Indian journal of veterinary science and animal husbandry - Volume 5,
Year: 1935
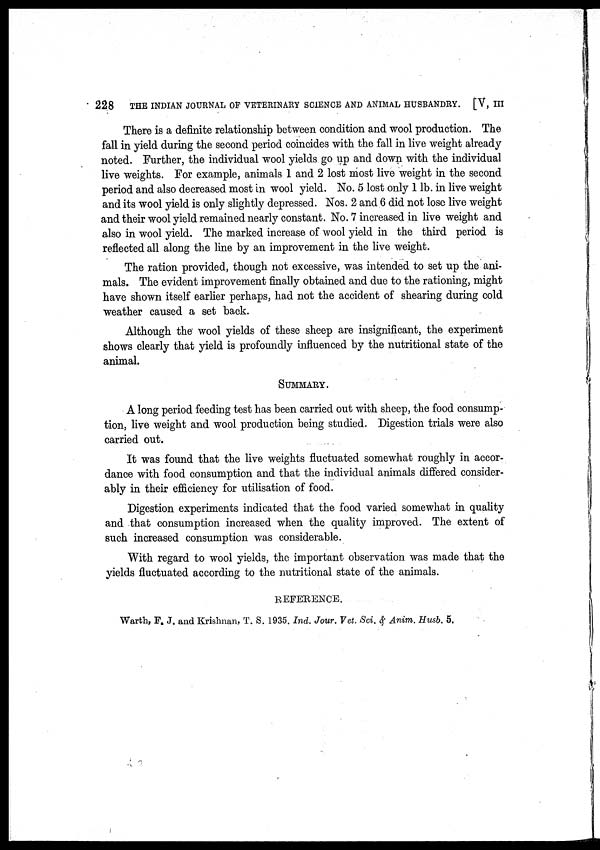
228
THE INDIAN JOURNAL OF VETERINARY SCIENCE AND ANIMAL HUSBANDRY. [V, III
There is a definite relationship between condition and wool production. The
fall in yield during the second period coincides with the fall in live weight already
noted. Further, the individual wool yields go up and down with the individual
live weights. For example, animals 1 and 2 lost most live weight in the second
period and also decreased most in wool yield. No. 5 lost only 1 lb. in live weight
and its wool yield is only slightly depressed. Nos. 2 and 6 did not lose live weight
and their wool yield remained nearly constant. No. 7 increased in live weight and
also in wool yield. The marked increase of wool yield in the third period is
reflected all along the line by an improvement in the live weight.
The ration provided, though not excessive, was intended to set up the ani-
mals. The evident improvement finally obtained and due to the rationing, might
have shown itself earlier perhaps, had not the accident of shearing during cold
weather caused a set back.
Although the wool yields of these sheep are insignificant, the experiment
shows clearly that yield is profoundly influenced by the nutritional state of the
animal.
SUMMARY.
A long period feeding test has been carried out with sheep, the food consump-
tion, live weight and wool production being studied. Digestion trials were also
carried out.
It was found that the live weights fluctuated somewhat roughly in accor-
dance with food consumption and that the individual animals differed consider-
ably in their efficiency for utilisation of food.
Digestion experiments indicated that the food varied somewhat in quality
and that consumption increased when the quality improved. The extent of
such increased consumption was considerable.
With regard to wool yields, the important observation was made that the
yields fluctuated according to the nutritional state of the animals.
REFERENCE.
Warth, F. J. and Krishnan, T. S. 1935. Ind. Jour. Vet. Sci. & Anim. Husb. 5.